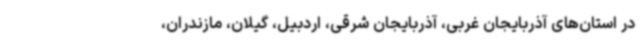
در استان‌های آذربایجان غربی، آذربایجان شرقی، اردبیل، گیلان، مازندران،